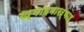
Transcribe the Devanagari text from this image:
ख़्वाहमाख़्वाह